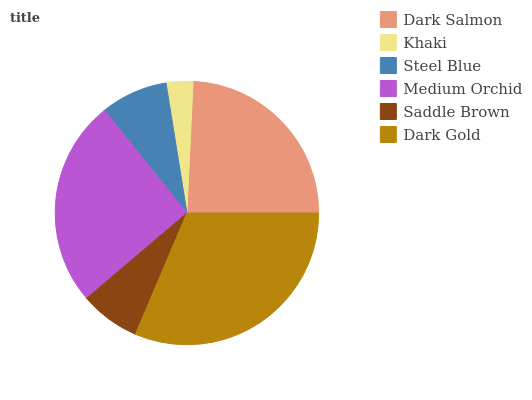
| Dark Salmon | Khaki | Steel Blue | Medium Orchid | Saddle Brown | Dark Gold |
 | --- | --- | --- | --- | --- | --- |
 | 24.2% | 3.28% | 8.25% | 25.5% | 7.41% | 31.4% |